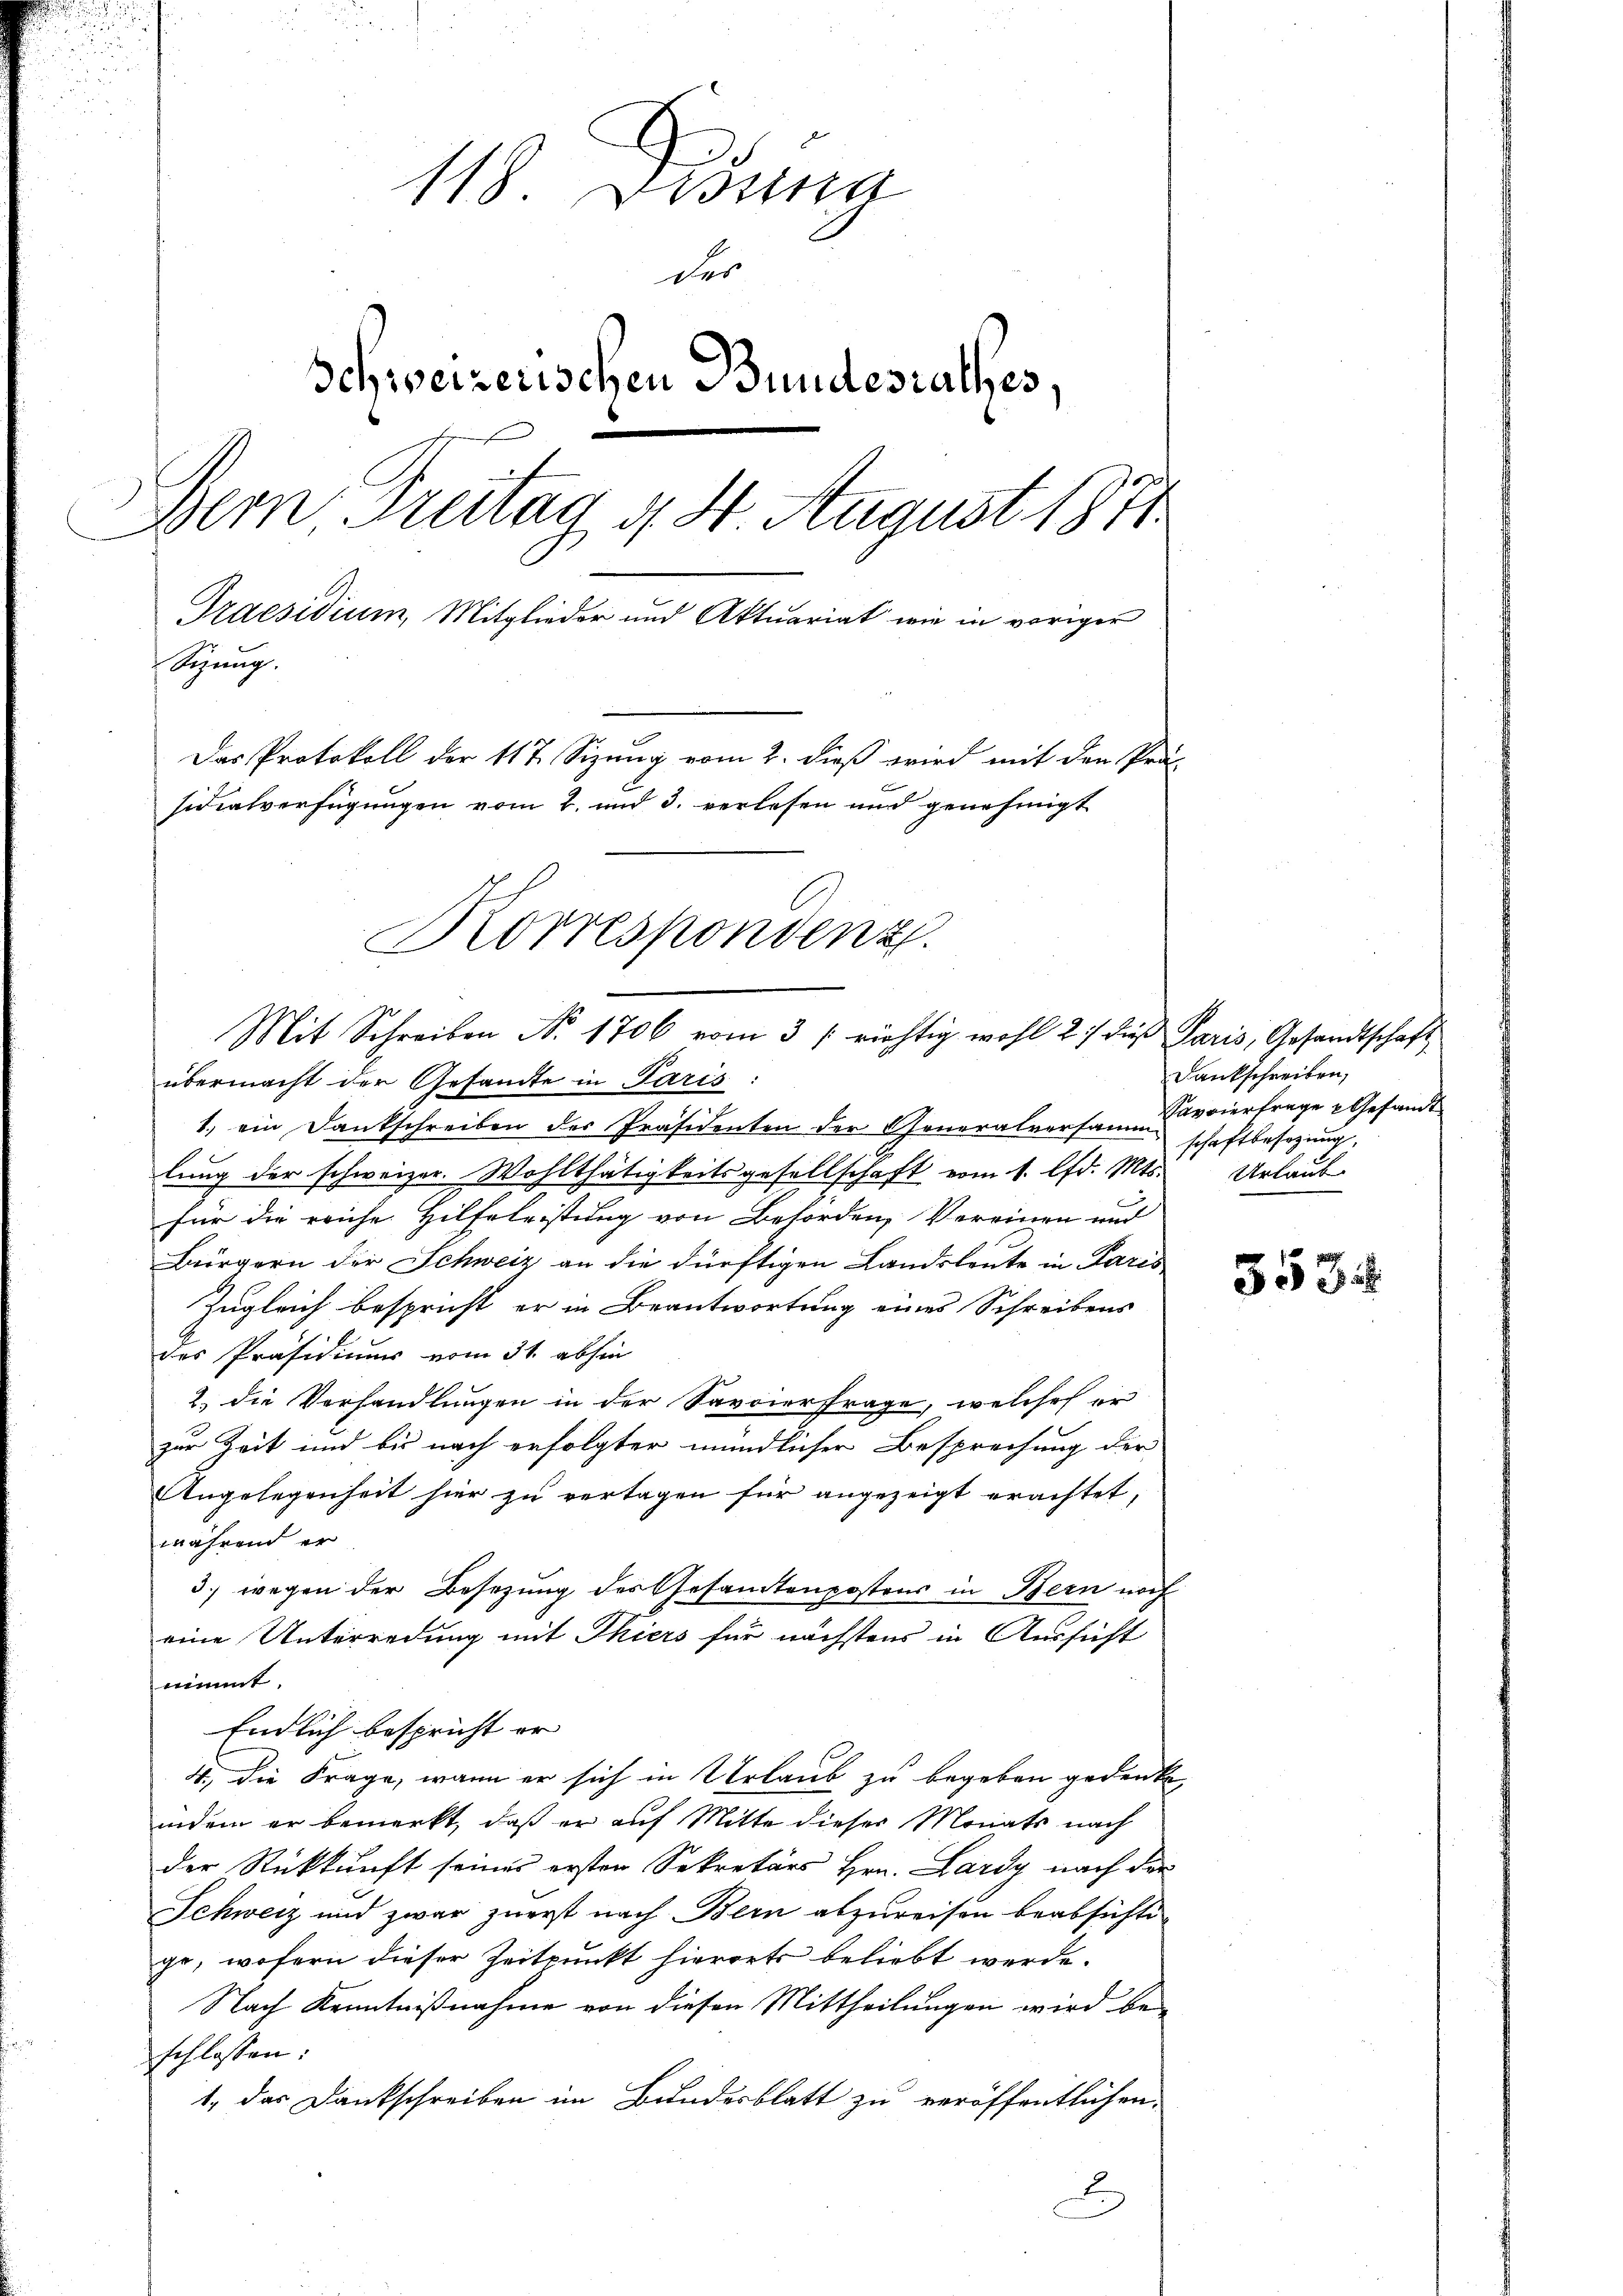
u
118. Dionna
der
Schweizerischen Bundesrathes
Dern Freitag 4. 4 August 1871
Praesidium, Mitglieder und Aktuariat wie in voriger
Sizung.
Das Protokoll der 117. Sizung vom 2. dieß wird mit den Präs
sidialverfügungen vom 2. und 3. verlesen und genehmigt
Korrespondenz.

Mit Schreiben No. 1706 vom 3 / richtig wohl 21 die Paris, Gesandtschaft

übermacht der Gesandte in Paris:
1.) ein Dankschreiben der Präsidenten der Generalversamm
lung der schweizer. Wohlthätigkeitsgesellschaft vom 1. lfd. Mts. Urlaub-
für die reiche Hilfeleistung von Beförden, Vereinen und
Bürgern der Schweiz an die dürftigen Landsleute in Paris
Zugleich bespricht er in Beantwortung eines Schreibens
des Präsidiums vom 31. abhin
2.) die Vorhandlungen in der Savoierfrage, welches er
zur Zeit und bis nach erfolgter mündlicher Besprechung der
Angelegenheit hier zu vertagen für angezeigt erachtet,
während er
3.) wegen der Besetzung des Gesamtenpostens in Bern noch
eine Unterredung mit Thiers für nächstens in Aussicht
nimmt.
Endlich bespricht er
4., die Frage, wenn er sich in Urlaub zu begeben gedenke,
indem er bemerkt, daß er auf Mitte dieser Monats nach
der Rückkunft seiner ersten Sekretärs Hrn. Lardy nach der
Schweiz und zwar zuerst nach Bern abzureisen beabsichte
ge, wofern dieser Zeitpunkt hierorts beliebt werde.
Nach Kenntnißnahme von diesen Mittheilungen wird beschlossen:
1., das Dankschreiben im Bundesblatt zu veröffentlichen
D

Dankschreiben,
Savviertrage Gesandt
schaftbesizung,

353.